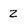
Character: Z